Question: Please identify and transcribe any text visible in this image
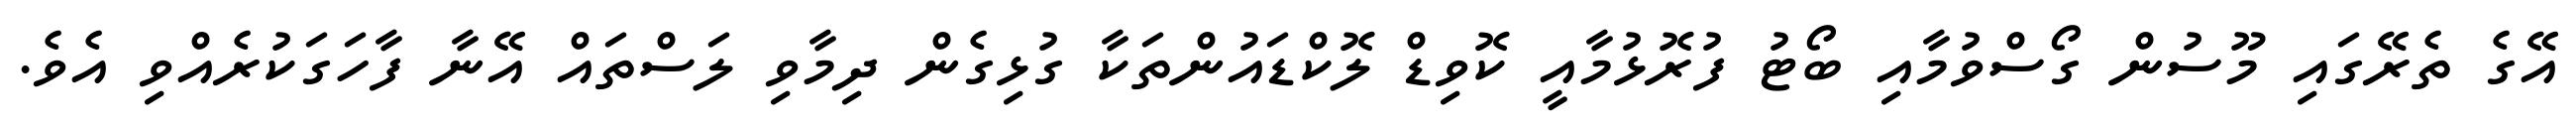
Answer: އޭގެ ތެރޭގައި މޫސުން ގޯސްވުމާއި ބޯޓު ފުރޮޅުމާއީ ކޮވިޑް ލޮކްޑައުންތަކާ ގުޅިގެން ދިމާވި ލަސްތައް އޭނާ ފާހަގަކުރެއްވި އެވެ.